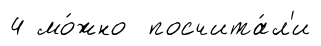
4 мо́жно посчита́л'и